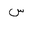
Letter: _sin